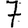
Digit: 7